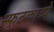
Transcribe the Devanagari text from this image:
स्फुटकाव्ये